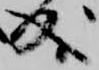
成